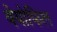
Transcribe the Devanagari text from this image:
थेयोफिल